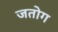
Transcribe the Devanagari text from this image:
जतोग